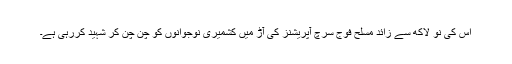
اس کی نو لاکھ سے زائد مسلح فوج سرچ آپریشنز کی آڑ میں کشمیری نوجوانوں کو چن چن کر شہید کررہی ہے۔